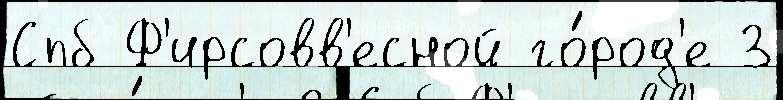
Спб Ф'ирсовв'есной го́род'е З